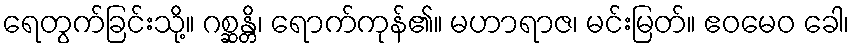
ရေတွက်ခြင်းသို့။ ဂစ္ဆန္တိ၊ ရောက်ကုန်၏။ မဟာရာဇ၊ မင်းမြတ်။ ဧဝမေဝ ခေါ၊